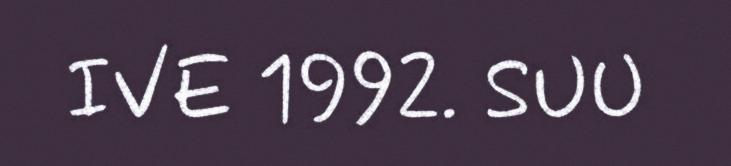
IVE 1992. SUU